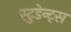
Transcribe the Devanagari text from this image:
स्टुडेन्ट्स